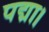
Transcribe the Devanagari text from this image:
पद्मा।